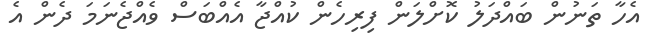
އެހާ ތަނުން ބައްދަލު ކޮށްލަން ފިރިހެން ކުއްޖާ އެއްބަސް ވެއްޖެނަމަ ދެން އެ